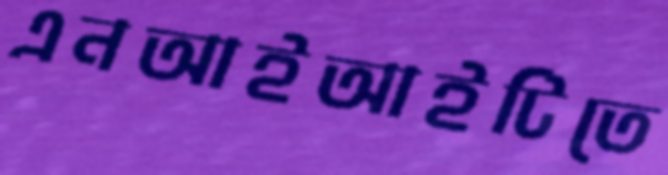
এনআইআইটিতে